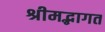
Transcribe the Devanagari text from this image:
श्रीमद्भागत